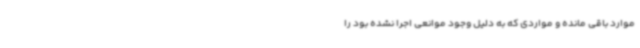
موارد باقی مانده و مواردی که به دلیل وجود موانعی اجرا نشده بود را